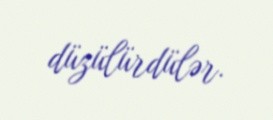
düzülürdülər.